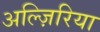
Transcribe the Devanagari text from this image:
अल्ज़िरिया